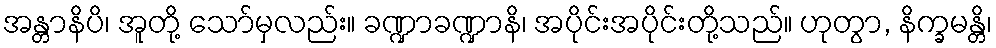
အန္တာနိပိ၊ အူတို့ သော်မှလည်း။ ခဏ္ဍာခဏ္ဍာနိ၊ အပိုင်းအပိုင်းတို့သည်။ ဟုတွာ, နိက္ခမန္တိ၊